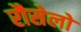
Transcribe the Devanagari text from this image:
रौसेलो